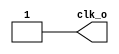
module clk_gen(
output wire clk_o
);
reg clk_sig;

assign clk_o=clk_sig;

initial
clk_sig=1'b1;

always
begin
    #50 clk_sig= 1'b0;
    #50 clk_sig= 1'b1;
end
endmodule